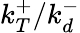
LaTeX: k_{T}^{+}/k_{d}^{-}